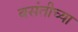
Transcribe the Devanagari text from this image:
बसंतीच्या